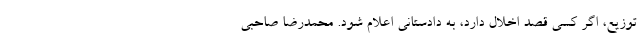
توزیع، اگر کسی قصد اخلال دارد، به دادستانی اعلام شود. محمدرضا صاحبی